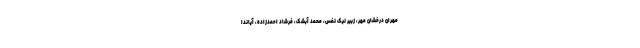
مهران درخشان مهر، زبیر نیک نفس، محمد آبشک، فرشاد احمدزاده، آیاندا